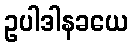
ဥပါဒါနခယေ